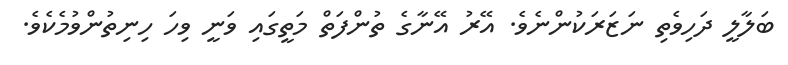
ބަލާލީ ދަހިވެތި ނަޒަރަކުންނެވެ. އޭރު އޭނާގެ ތުންފަތް މަތީގައި ވަނީ ވިހަ ހިނިތުންވުމެކެވެ.